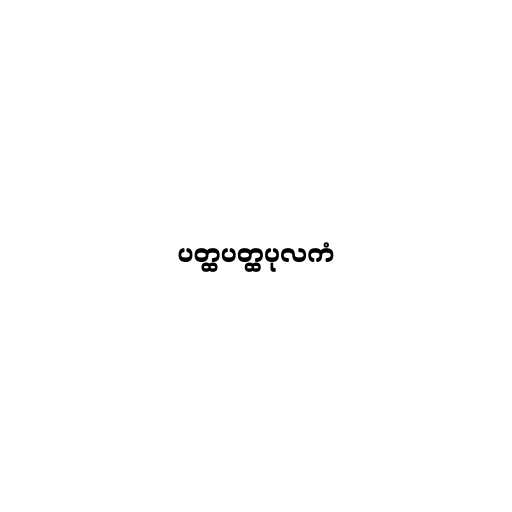
ပတ္ထပတ္ထပုလကံ